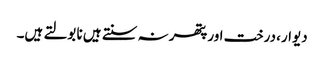
دیوار، درخت اور پتھر نہ سنتے ہیں نا بولتے ہیں۔